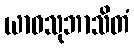
ယာဝသုဘာသိတံ